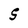
Character: S